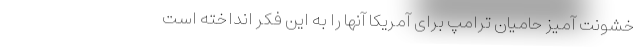
خشونت آمیز حامیان ترامپ برای آمریکا آنها را به این فکر انداخته است